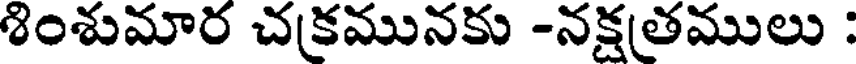
శింశుమార చకమునకు -నక్షతములు :